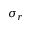
\sigma _ { r }